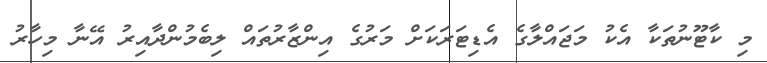
މި ކާޓޫނުތަކާ އެކު މަޖައްލާގެ އެޑިޓަރަކަށް މަރުގެ އިންޒާރުތައް ލިބެމުންދާއިރު އޭނާ މިހާރު